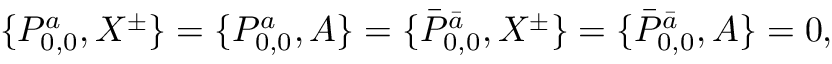
\{ { \cal P } _ { 0 , 0 } ^ { a } , X ^ { \pm } \} = \{ { \cal P } _ { 0 , 0 } ^ { a } , A \} = \{ \bar { { \cal P } } _ { 0 , 0 } ^ { \bar { a } } , X ^ { \pm } \} = \{ \bar { { \cal P } } _ { 0 , 0 } ^ { \bar { a } } , A \} = 0 ,